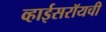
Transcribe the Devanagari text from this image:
व्हाईसरॉयची